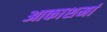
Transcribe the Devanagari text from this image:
आकाशमां